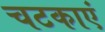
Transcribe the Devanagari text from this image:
चटकाएं